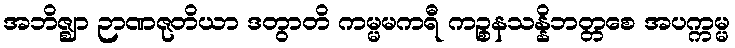
အဘိဇ္ဈာ ဉာဏဇုတိယာ ဒတွာတိ ကမ္မမကရီ ကဉ္စနသန္နိဘတ္တစေ အပက္ကမ္မ